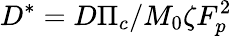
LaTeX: D^{*}=D\Pi_{c}/M_{0}\zeta F_{p}^{2}